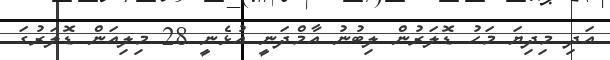
އަދި މިދިޔަ މަހު ޑޮލަރުން ލިބުނު އާމްދަނީ އުޅެނީ 28 މިލިއަން ޑޮލަރުގަ